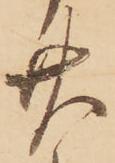
廿